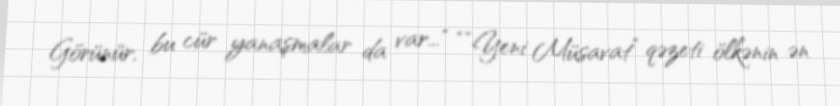
Görünür, bu cür yanaşmalar da var..." ““Yeni Müsavat” qəzeti ölkənin ən